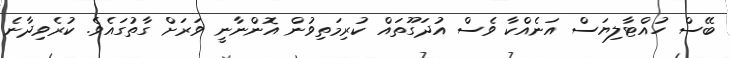
ބޭސް ހުއްޓާލިޔަސް އަނެއްކާ ވެސް އުދަގޫތައް ކުރިމަތިވުން އޮންނާނީ ވަރަށް ގާތުގައެވެ. ކުރެވިދާނެ